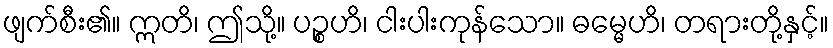
ဖျက်စီး၏။ ဣတိ၊ ဤသို့။ ပဉ္စဟိ၊ ငါးပါးကုန်သော။ ဓမ္မေဟိ၊ တရားတို့နှင့်။